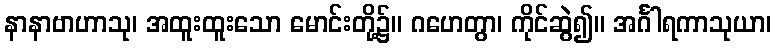
နာနာဗာဟာသု၊ အထူးထူးသော မောင်းတို့၌။ ဂဟေတွာ၊ ကိုင်ဆွဲ၍။ အင်္ဂါရကာသုယာ၊